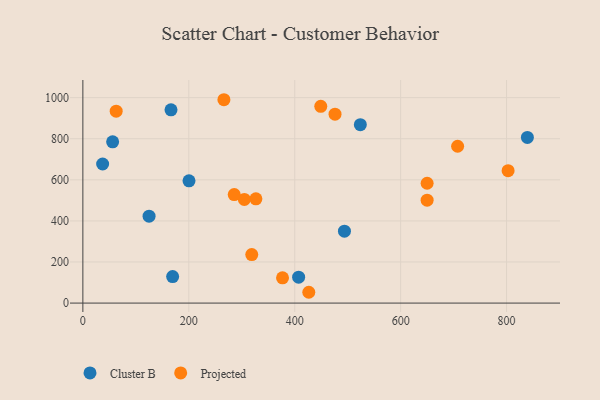
{"axis": {"x": "Investment", "y": "Rating"}, "legend": ["Cluster B", "Projected"], "data": [{"x": "200.4", "y": 595.3, "type": "Cluster B"}, {"x": "169.5", "y": 129.0, "type": "Cluster B"}, {"x": "407.4", "y": 126.2, "type": "Cluster B"}, {"x": "125.0", "y": 423.0, "type": "Cluster B"}, {"x": "166.4", "y": 940.9, "type": "Cluster B"}, {"x": "523.9", "y": 868.5, "type": "Cluster B"}, {"x": "493.9", "y": 349.9, "type": "Cluster B"}, {"x": "56.2", "y": 785.1, "type": "Cluster B"}, {"x": "37.3", "y": 676.9, "type": "Cluster B"}, {"x": "839.3", "y": 806.6, "type": "Cluster B"}, {"x": "650.0", "y": 583.3, "type": "Projected"}, {"x": "377.0", "y": 123.0, "type": "Projected"}, {"x": "650.0", "y": 501.1, "type": "Projected"}, {"x": "707.6", "y": 763.4, "type": "Projected"}, {"x": "476.1", "y": 919.4, "type": "Projected"}, {"x": "426.6", "y": 52.6, "type": "Projected"}, {"x": "318.9", "y": 236.1, "type": "Projected"}, {"x": "266.3", "y": 989.9, "type": "Projected"}, {"x": "802.9", "y": 644.4, "type": "Projected"}, {"x": "326.7", "y": 507.5, "type": "Projected"}, {"x": "304.9", "y": 504.6, "type": "Projected"}, {"x": "62.9", "y": 934.0, "type": "Projected"}, {"x": "285.8", "y": 528.1, "type": "Projected"}, {"x": "449.2", "y": 957.9, "type": "Projected"}]}